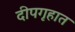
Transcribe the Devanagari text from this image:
दीपगृहात